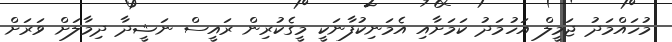
މުހައްމަދު ޖަމީލް އަހުމަދު ކަމަށާއި އެމަނިކުފާނަކީ މީގެކުރިން ރައީސް ނަޝީދާ ދިމާލަށް ވަރަށް